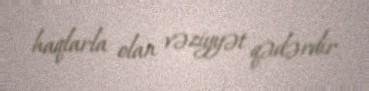
haqlarla olan vəziyyət qədərdir.